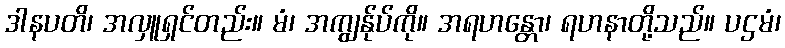
ဒါနပတိ၊ အလှူရှင်တည်း။ မံ၊ အကျွန်ုပ်ကို။ အရဟန္တော၊ ရဟနာတို့သည်။ ပဌမံ၊